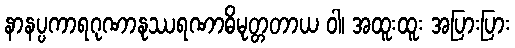
နာနပ္ပကာရဂုဏာနုဿရဏာဓိမုတ္တတာယ ဝါ၊ အထူးထူး အပြားပြား